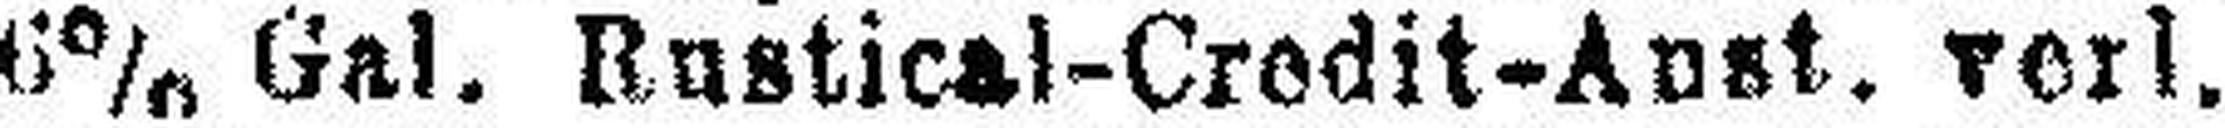
6% Gal. Rustical-Credit-Aust. verl.